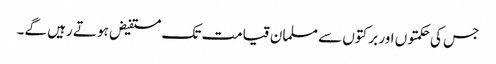
جس کی حکمتوں اور برکتوں سے مسلمان قیامت تک مستفیض ہوتے رہیں گے۔